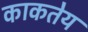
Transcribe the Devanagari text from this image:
काकतेय